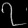
Digit: ၇